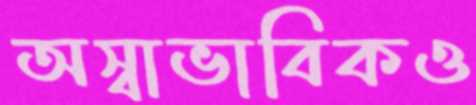
অস্বাভাবিকও